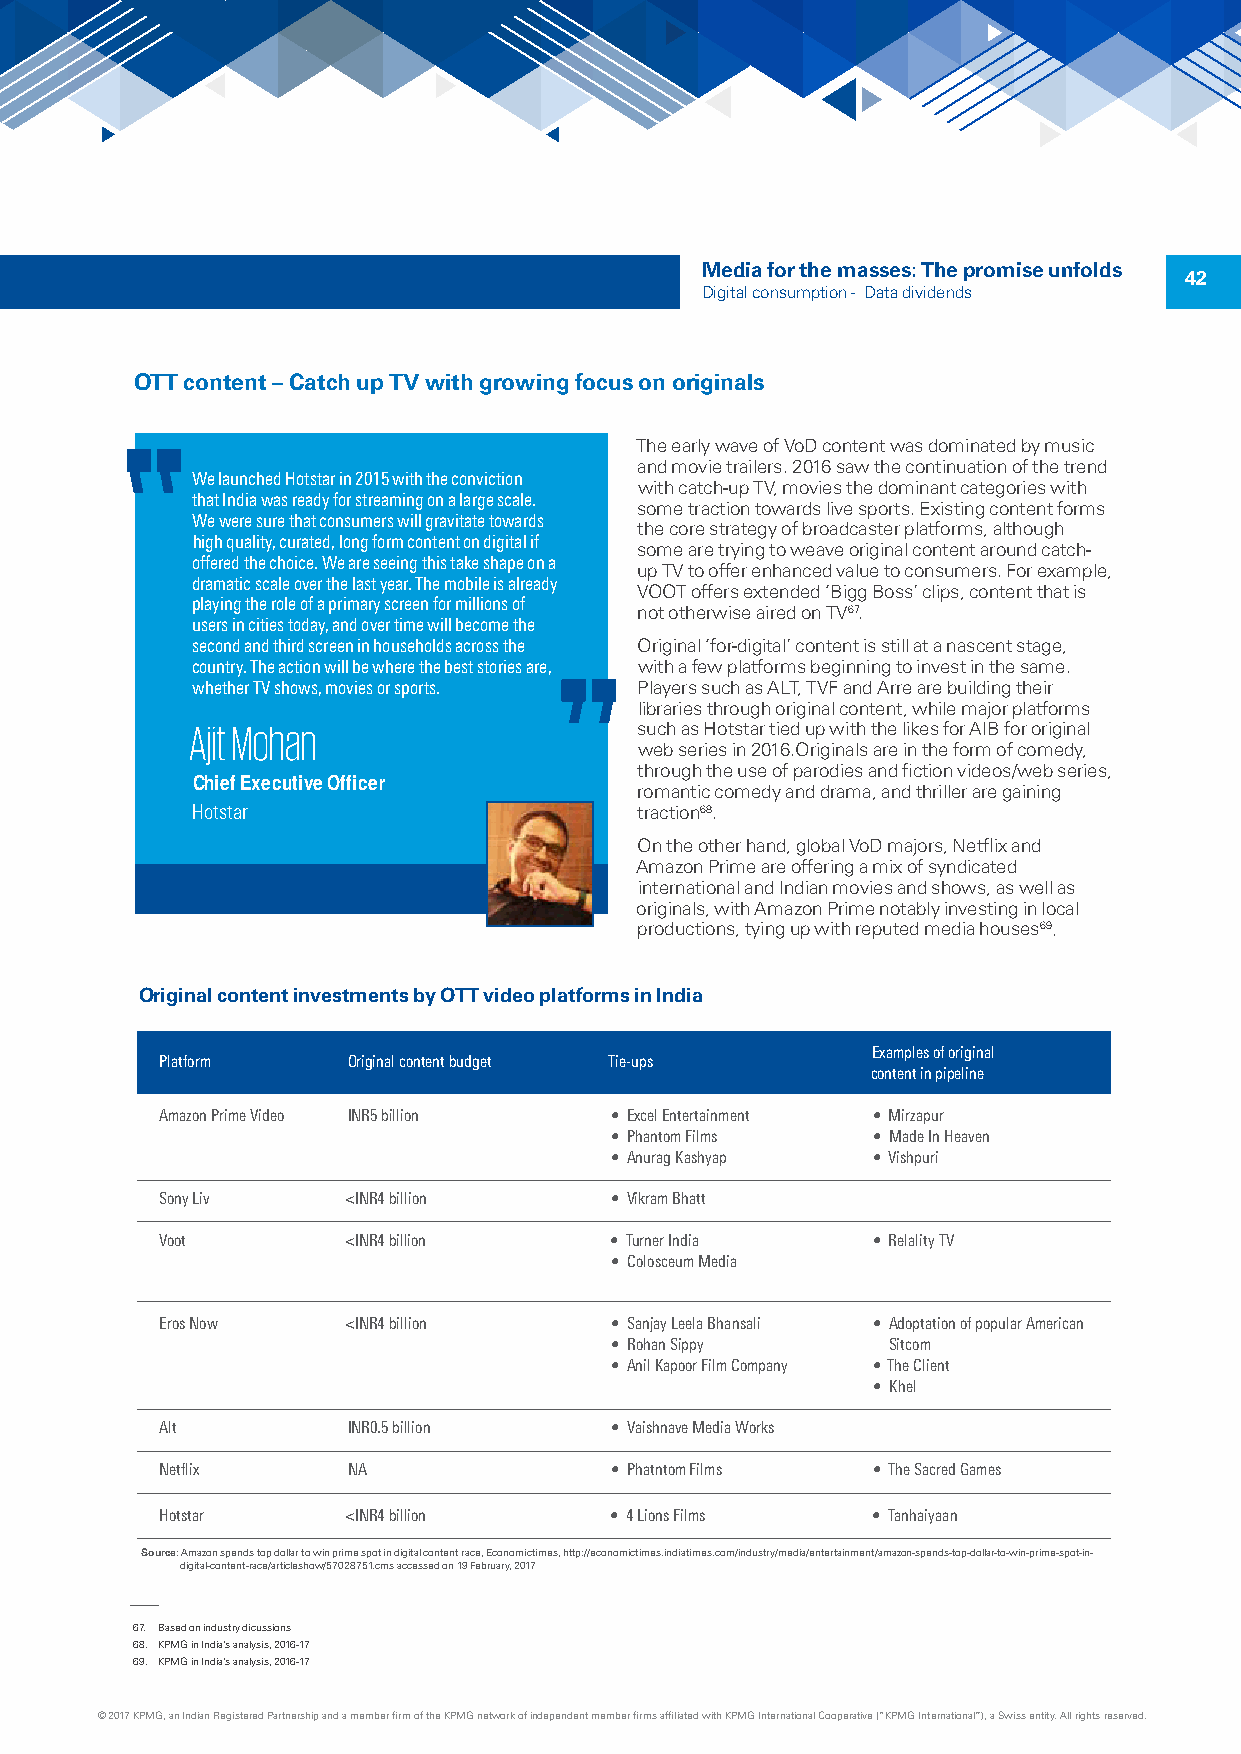
Media for the masses: The promise unfolds
 42
 Digital consumption - Data dividends
 OTT content – Catch up TV with growing focus on originals
 The early wave of VoD content was dominated by music
 and movie trailers. 2016 saw the continuation of the trend
 We launched Hotstar in 2015 with the conviction
 with catch-up TV, movies the dominant categories with
 that India was ready for streaming on a large scale.
 some traction towards live sports. Existing content forms
 We were sure that consumers will gravitate towards
 the core strategy of broadcaster platforms, although
 high quality, curated, long form content on digital if
 some are trying to weave original content around catch-
 offered the choice. We are seeing this take shape on a
 up TV to offer enhanced value to consumers. For example,
 dramatic scale over the last year. The mobile is already
 VOOT offers extended ‘Bigg Boss’ clips, content that is
 playing the role of a primary screen for millions of
 not otherwise aired on TV67.
 users in cities today, and over time will become the
 second and third screen in households across the Original ‘for-digital’ content is still at a nascent stage,
 country. The action will be where the best stories are, with a few platforms beginning to invest in the same.
 whether TV shows, movies or sports. Players such as ALT, TVF and Arre are building their
 libraries through original content, while major platforms
 Ajit Mohan                   such as Hotstar tied up with the likes for AIB for original
 web series in 2016.Originals are in the form of comedy,
 through the use of parodies and fiction videos/web series,
 Chief Executive Officer
 romantic comedy and drama, and thriller are gaining
 Hotstar                      traction68.
 On the other hand, global VoD majors, Netflix and
 Amazon Prime are offering a mix of syndicated
 international and Indian movies and shows, as well as
 originals, with Amazon Prime notably investing in local
 productions, tying up with reputed media houses69.
 Original content investments by OTT video platforms in India
 Examples of original
 Platform    Original content budget Tie-ups
 content in pipeline
 Amazon Prime Video INR5 billion • Excel Entertainment • Mirzapur
 • Phantom Films   • Made In Heaven
 • Anurag Kashyap  • Vishpuri
 Sony Liv    <INR4 billion    • Vikram Bhatt
 Voot        <INR4 billion    • Turner India    • Relality TV
 • Colosceum Media
 Eros Now    <INR4 billion    • Sanjay Leela Bhansali • Adoptation of popular American
 • Rohan Sippy      Sitcom
 • Anil Kapoor Film Company • The Client
 • Khel
 Alt         INR0.5 billion   • Vaishnave Media Works
 Netflix     NA               • Phatntom Films  • The Sacred Games
 Hotstar     <INR4 billion    • 4 Lions Films   • Tanhaiyaan
 Source: Amazon spends top dollar to win prime spot in digital content race, Economictimes, http://economictimes.indiatimes.com/industry/media/entertainment/amazon-spends-top-dollar-to-win-prime-spot-in-
 digital-content-race/articleshow/57028751.cms accessed on 19 February, 2017
 67. Based on industry dicussions
 68. KPMG in India’s analysis, 2016-17
 69. KPMG in India’s analysis, 2016-17
 © 2017 KPMG, an Indian Registered Partnership and a member firm of the KPMG network of independent member firms affiliated with KPMG International Cooperative (“KPMG International”), a Swiss entity. All rights reserved.